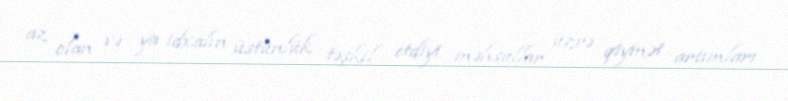
az olan və ya idxalın üstünlük təşkil etdiyi məhsullar üzrə qiymət artımları